Annual administration report of the Civil Veterinary Department of India - 1896-1897
Year: 1896
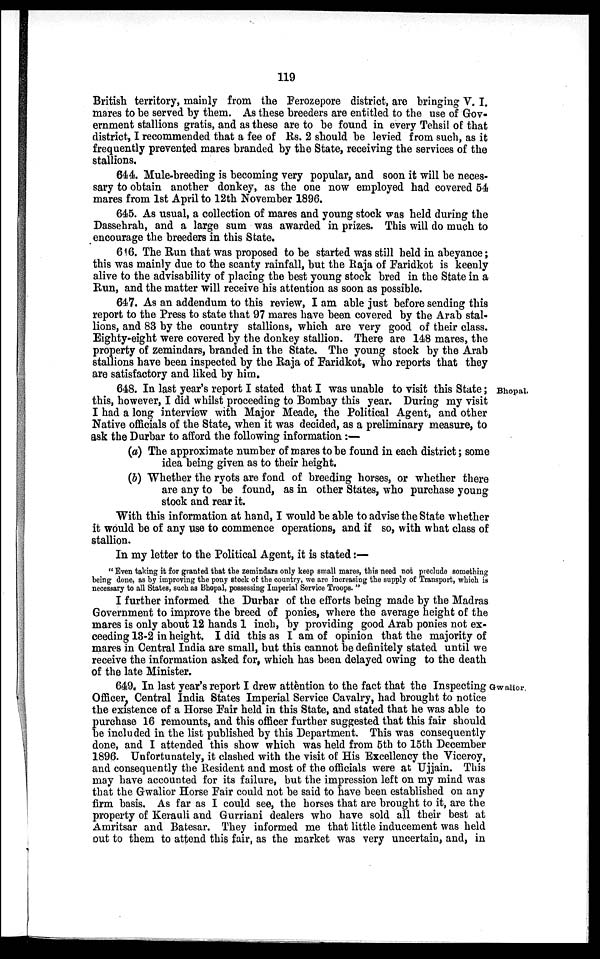
119
British territory, mainly from the Ferozepore district, are bringing V. I.
mares to be served by them. As these breeders are entitled to the use of Gov-
ernment stallions gratis, and as these are to be found in every Tehsil of that
district, I recommended that a fee of Rs. 2 should be levied from such, as it
frequently prevented mares branded by the State, receiving the services of the
stallions.
644. Mule-breeding is becoming very popular, and soon it will be neces-
sary to obtain another donkey, as the one now employed had covered 54
mares from 1st April to 12th November 1896.
645. As usual, a collection of mares and young stock was held during the
Dassehrah, and a large sum was awarded in prizes. This will do much to
encourage the breeders in this State.
646. The Run that was proposed to be started was still held in abeyance;
this was mainly due to the scanty rainfall, but the Raja of Faridkot is keenly
alive to the advisability of placing the best young stock bred in the State in a
Run, and the matter will receive his attention as soon as possible.
647. As an addendum to this review, I am able just before sending this
report to the Press to state that 97 mares have been covered by the Arab stal-
lions, and 83 by the country stallions, which are very good of their class.
Eighty-eight were covered by the donkey stallion. There are 148 mares, the
property of zemindars, branded in the State. The young stock by the Arab
stallions have been inspected by the Raja of Faridkot, who reports that they
are satisfactory and liked by him.
Bhopal.
648. In last year's report I stated that I was unable to visit this State;
this, however, I did whilst proceeding to Bombay this year. During my visit
I had a long interview with Major Meade, the Political Agent, and other
Native officials of the State, when it was decided, as a preliminary measure, to
ask the Durbar to afford the following information :—
(a) The approximate number of mares to be found in each district; some
idea being given as to their height.
(b) Whether the ryots are fond of breeding horses, or whether there
are any to be found, as in other States, who purchase young
stock and rear it.
With this information at hand, I would be able to advise the State whether
it would be of any use to commence operations, and if so, with what class of
stallion.
In my letter to the Political Agent, it is stated:—
"Even taking it for granted that the zemindars only keep small mares, this need not preclude something
being done, as by improving the pony stock of the country, we are increasing the supply of Transport, which is
necessary to all States, such as Bhopal, possessing Imperial Service Troops."
I further informed the Durbar of the efforts being made by the Madras
Government to improve the breed of ponies, where the average height of the
mares is only about 12 hands 1 inch, by providing good Arab ponies not ex-
ceeding 13-2 in height, I did this as I am of opinion that the majority of
mares in Central India are small, but this cannot be definitely stated until we
receive the information asked for, which has been delayed owing to the death
of the late Minister.
Gwalior.
649. In last year's report I drew attèntion to the fact that the Inspecting
Officer. Central India States Imperial Service Cavalry, had brought to notice
the existence of a Horse Fair held in this State, and stated that he was able to
purchase 16 remounts, and this officer further suggested that this fair should
be included in the list published by this Department. This was consequently
done, and I attended this show which was held from 5th to 15th December
1896. Unfortunately, it clashed with the visit of His Excellency the Viceroy,
and consequently the Resident and most of the officials were at Ujjain. This
may have accounted for its failure, but the impression left on my mind was
that the Gwalior Horse Fair could not be said to have been established on any
firm basis. As far as I could see, the horses that are brought to it, are the
property of Kerauli and Gurriani dealers who have sold all their best at
Amritsar and Batesar. They informed me that little inducement was held
out to them to attend this fair, as the market was very uncertain, and, in